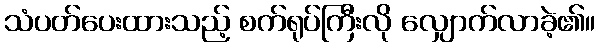
သံပတ်ပေးထားသည့် စက်ရုပ်ကြီးလို လျှောက်လာခဲ့၏။